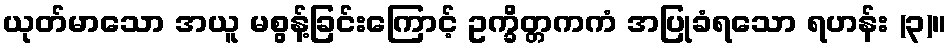
ယုတ်မာသော အယူ မစွန့်ခြင်းကြောင့် ဥက္ခိတ္တကကံ အပြုခံရသော ရဟန်း (၃)။